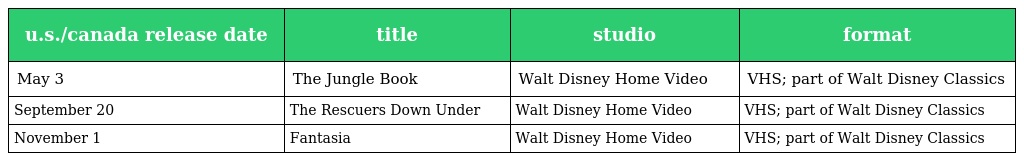
| u.s./canada release date | title | studio | format |
 | --- | --- | --- | --- |
 | May 3 | The Jungle Book | Walt Disney Home Video | VHS; part of Walt Disney Classics |
 | September 20 | The Rescuers Down Under | Walt Disney Home Video | VHS; part of Walt Disney Classics |
 | November 1 | Fantasia | Walt Disney Home Video | VHS; part of Walt Disney Classics |